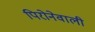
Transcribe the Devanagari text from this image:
पिरोनेवाली